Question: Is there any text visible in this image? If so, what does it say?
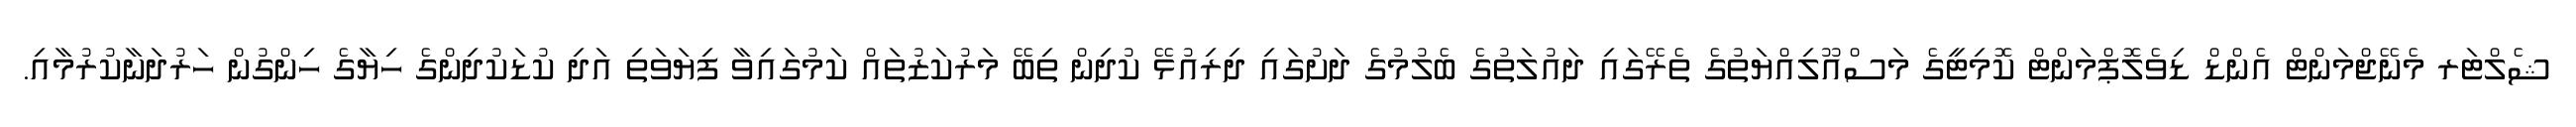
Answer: ޝެލްޓަރ މެނޭޖްމަންޓް އެންޑް ޑިވެލޮޕްމަންޓް ކޮމިޓީގެ މަސްއޫލިއްޔަތުގެ ތެރޭގައި ދައުލަތުގެ ބެލުމުގެ ދަށުގައި ދިރިއުޅޭ ކުދިން ތިބޭ މަރުކަޒުތައް ކަމުގައިވާ ފިޔަވަތި އަދި ކުޑަކުދިންގެ ހިޔާގެ ހިންގުން ހަރުދަނާކުރުމާއި.